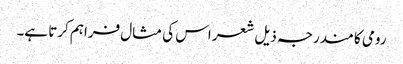
رومی کا مندرجہ ذیل شعر اس کی مثال فراہم کرتا ہے۔